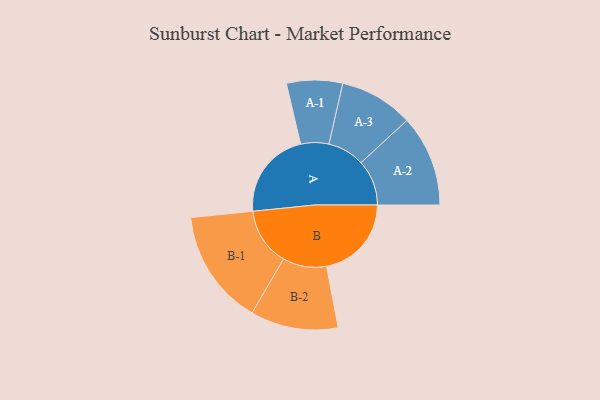
{"axis": {"x": "Segment", "y": "Value"}, "legend": ["", "A", "B"], "data": [{"x": "A", "y": 385, "type": ""}, {"x": "B", "y": 370, "type": ""}, {"x": "A-1", "y": 122, "type": "A"}, {"x": "A-2", "y": 199, "type": "A"}, {"x": "A-3", "y": 161, "type": "A"}, {"x": "B-1", "y": 252, "type": "B"}, {"x": "B-2", "y": 191, "type": "B"}]}